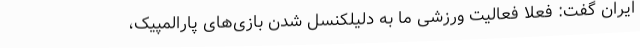
ایران گفت: فعلاً فعالیت ورزشی ما به دلیلکنسل شدن بازی‌های پارالمپیک،